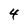
Character: 4